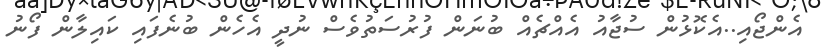
އެންޖޯއި..އެކޮޅުން ސުޖާއު އެއްޗެއް ބުނަން ފުރުސަތުވެސް ނުދީ އެހެން ބުނެފައި ކައިލާން ފޯނު